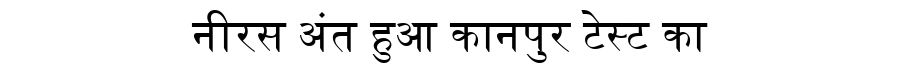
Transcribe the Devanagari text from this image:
नीरस अंत हुआ कानपुर टेस्ट का